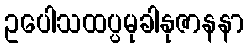
ဥပေါသထပ္ပမုခါနုဇာနနာ